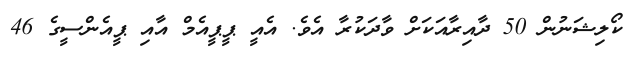
ކޯލިޝަނުން 50 ދާއިރާއަކަށް ވާދަކުރާ އެވެ. އެއީ ޕީޕީއެމް އާއި ޕީއެންސީގެ 46